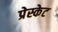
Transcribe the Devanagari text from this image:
प्रेस्केट